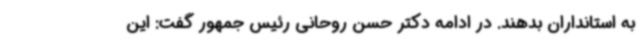
به استانداران بدهند. در ادامه دکتر حسن روحانی رئیس جمهور گفت: این